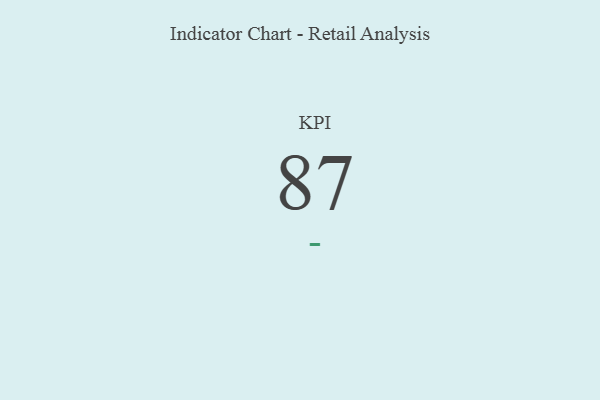
{"axis": {"x": "KPI", "y": "Value"}, "legend": [""], "data": [{"x": "KPI", "y": 87, "type": ""}]}